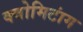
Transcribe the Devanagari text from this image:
क्वोमिटांग